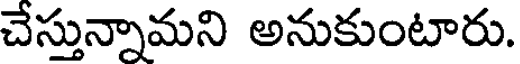
చేస్తున్నామని అనుకుంటారు.